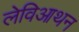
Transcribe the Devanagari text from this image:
लेविआथन